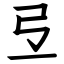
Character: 弖